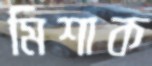
মিশাক